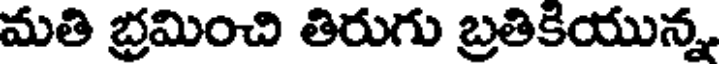
మతి భ్రమించి తిరుగు బ్రతికియున్న